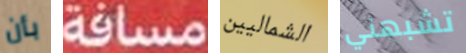
بأن مسافة الشماليين تشبهني